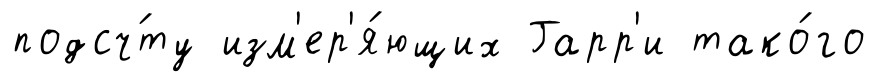
подсч́ту изм'ер'я́ющих Гарр'и тако́го